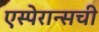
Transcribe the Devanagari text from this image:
एस्पेरान्सची